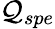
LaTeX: \mathcal{Q}_{spe}